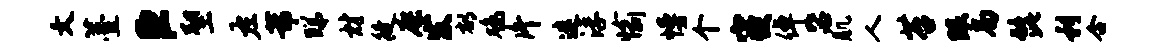
文薹臣塑左芾睇材徒廖发郁鸡片迷浮愉幔个寝倬毖肌人苔眼局髭利合